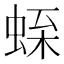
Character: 𧋝